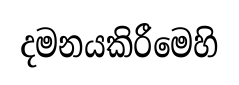
දමනයකිරීමෙහි